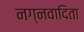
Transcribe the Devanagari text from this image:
नग्नवादिता